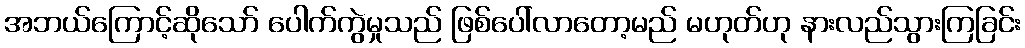
အဘယ်ကြောင့်ဆိုသော် ပေါက်ကွဲမှုသည် ဖြစ်ပေါ်လာတော့မည် မဟုတ်ဟု နားလည်သွားကြခြင်း